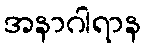
အနာဂါရာန